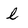
Character: l